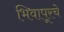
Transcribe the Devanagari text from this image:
भिवापूरचे